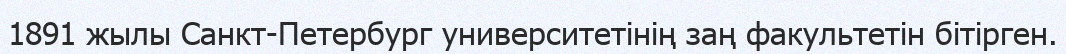
1891 жылы Санкт-Петербург университетінің заң факультетін бітірген.